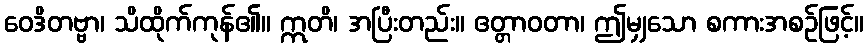
ဝေဒိတဗ္ဗာ၊ သိထိုက်ကုန်၏။ ဣတိ၊ အပြီးတည်း။ ဧတ္တာဝတာ၊ ဤမျှသော စကားအစဉ်ဖြင့်။